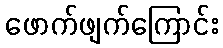
ဖောက်ဖျက်ကြောင်း